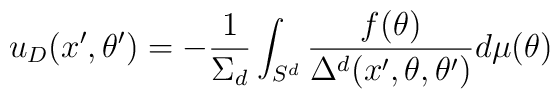
u_D(x',\theta ')=-{1\over \Sigma_d}\int_{S^d}{f(\theta )\over \Delta^d(x', \theta , \theta ')}d\mu (\theta )